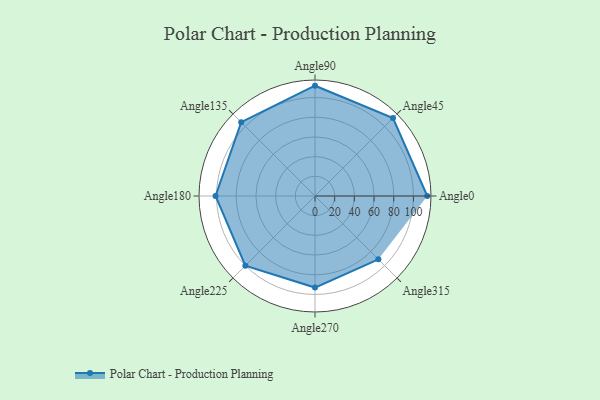
{"axis": {"x": "Angle", "y": "Radius"}, "legend": [""], "data": [{"x": "Angle0", "y": 114.0, "type": ""}, {"x": "Angle45", "y": 112.0, "type": ""}, {"x": "Angle90", "y": 112.0, "type": ""}, {"x": "Angle135", "y": 106.0, "type": ""}, {"x": "Angle180", "y": 101.0, "type": ""}, {"x": "Angle225", "y": 100.0, "type": ""}, {"x": "Angle270", "y": 93.0, "type": ""}, {"x": "Angle315", "y": 91.0, "type": ""}]}